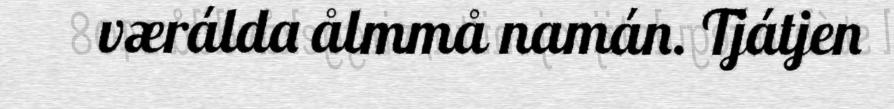
værálda ålmmå namán. Tjátjen